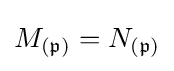
M_{({\mathfrak {p}})}=N_{({\mathfrak {p}})}